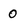
Character: 0